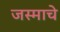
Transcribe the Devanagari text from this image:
जस्माचे